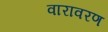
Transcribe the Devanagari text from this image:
वारावरण